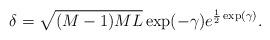
LaTeX: \begin{align*}\delta=\sqrt{(M-1)ML}\exp(-\gamma)e^{\frac{1}{2}\exp(\gamma)}.\end{align*}